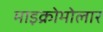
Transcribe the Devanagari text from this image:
माइक्रोमोलार